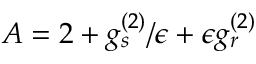
A = 2 + g _ { s } ^ { ( 2 ) } / \epsilon + \epsilon g _ { r } ^ { ( 2 ) }